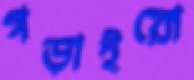
গড়াইয়ো